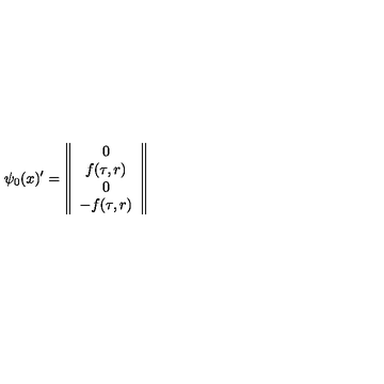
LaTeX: \psi _ { 0 } ( x ) ^ { \prime } = \left\| \begin{array} { c } { 0 } \\ { f ( \tau , r ) } \\ { 0 } \\ { - f ( \tau , r ) } \\ \end{array} \right\|